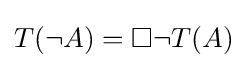
T(\neg A)=\Box \neg T(A)